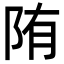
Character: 陏